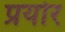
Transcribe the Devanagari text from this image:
प्रयोर